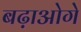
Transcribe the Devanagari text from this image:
बढ़ाओगे